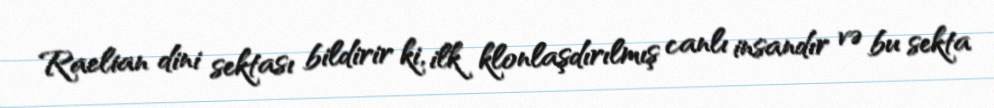
Raelian dini sektası bildirir ki, ilk klonlaşdırılmış canlı insandır və bu sekta